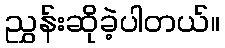
ညွှန်းဆိုခဲ့ပါတယ်။